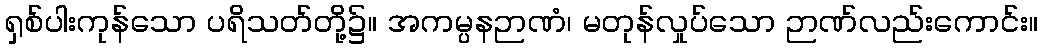
ရှစ်ပါးကုန်သော ပရိသတ်တို့၌။ အကမ္ပနဉာဏံ၊ မတုန်လှုပ်သော ဉာဏ်လည်းကောင်း။